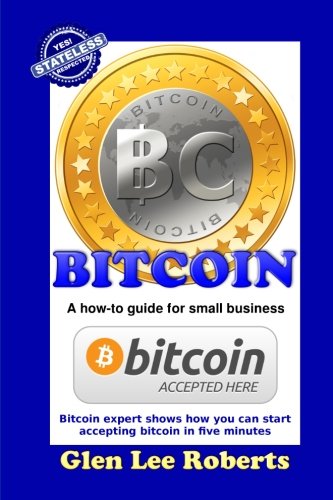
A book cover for Bitcoin: A how-to guide for small business; Glen Lee Roberts; Computers & Technology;